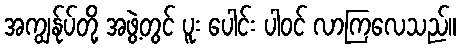
အကျွန်ုပ်တို့ အဖွဲ့တွင် ပူး ပေါင်း ပါဝင် လာကြလေသည်။